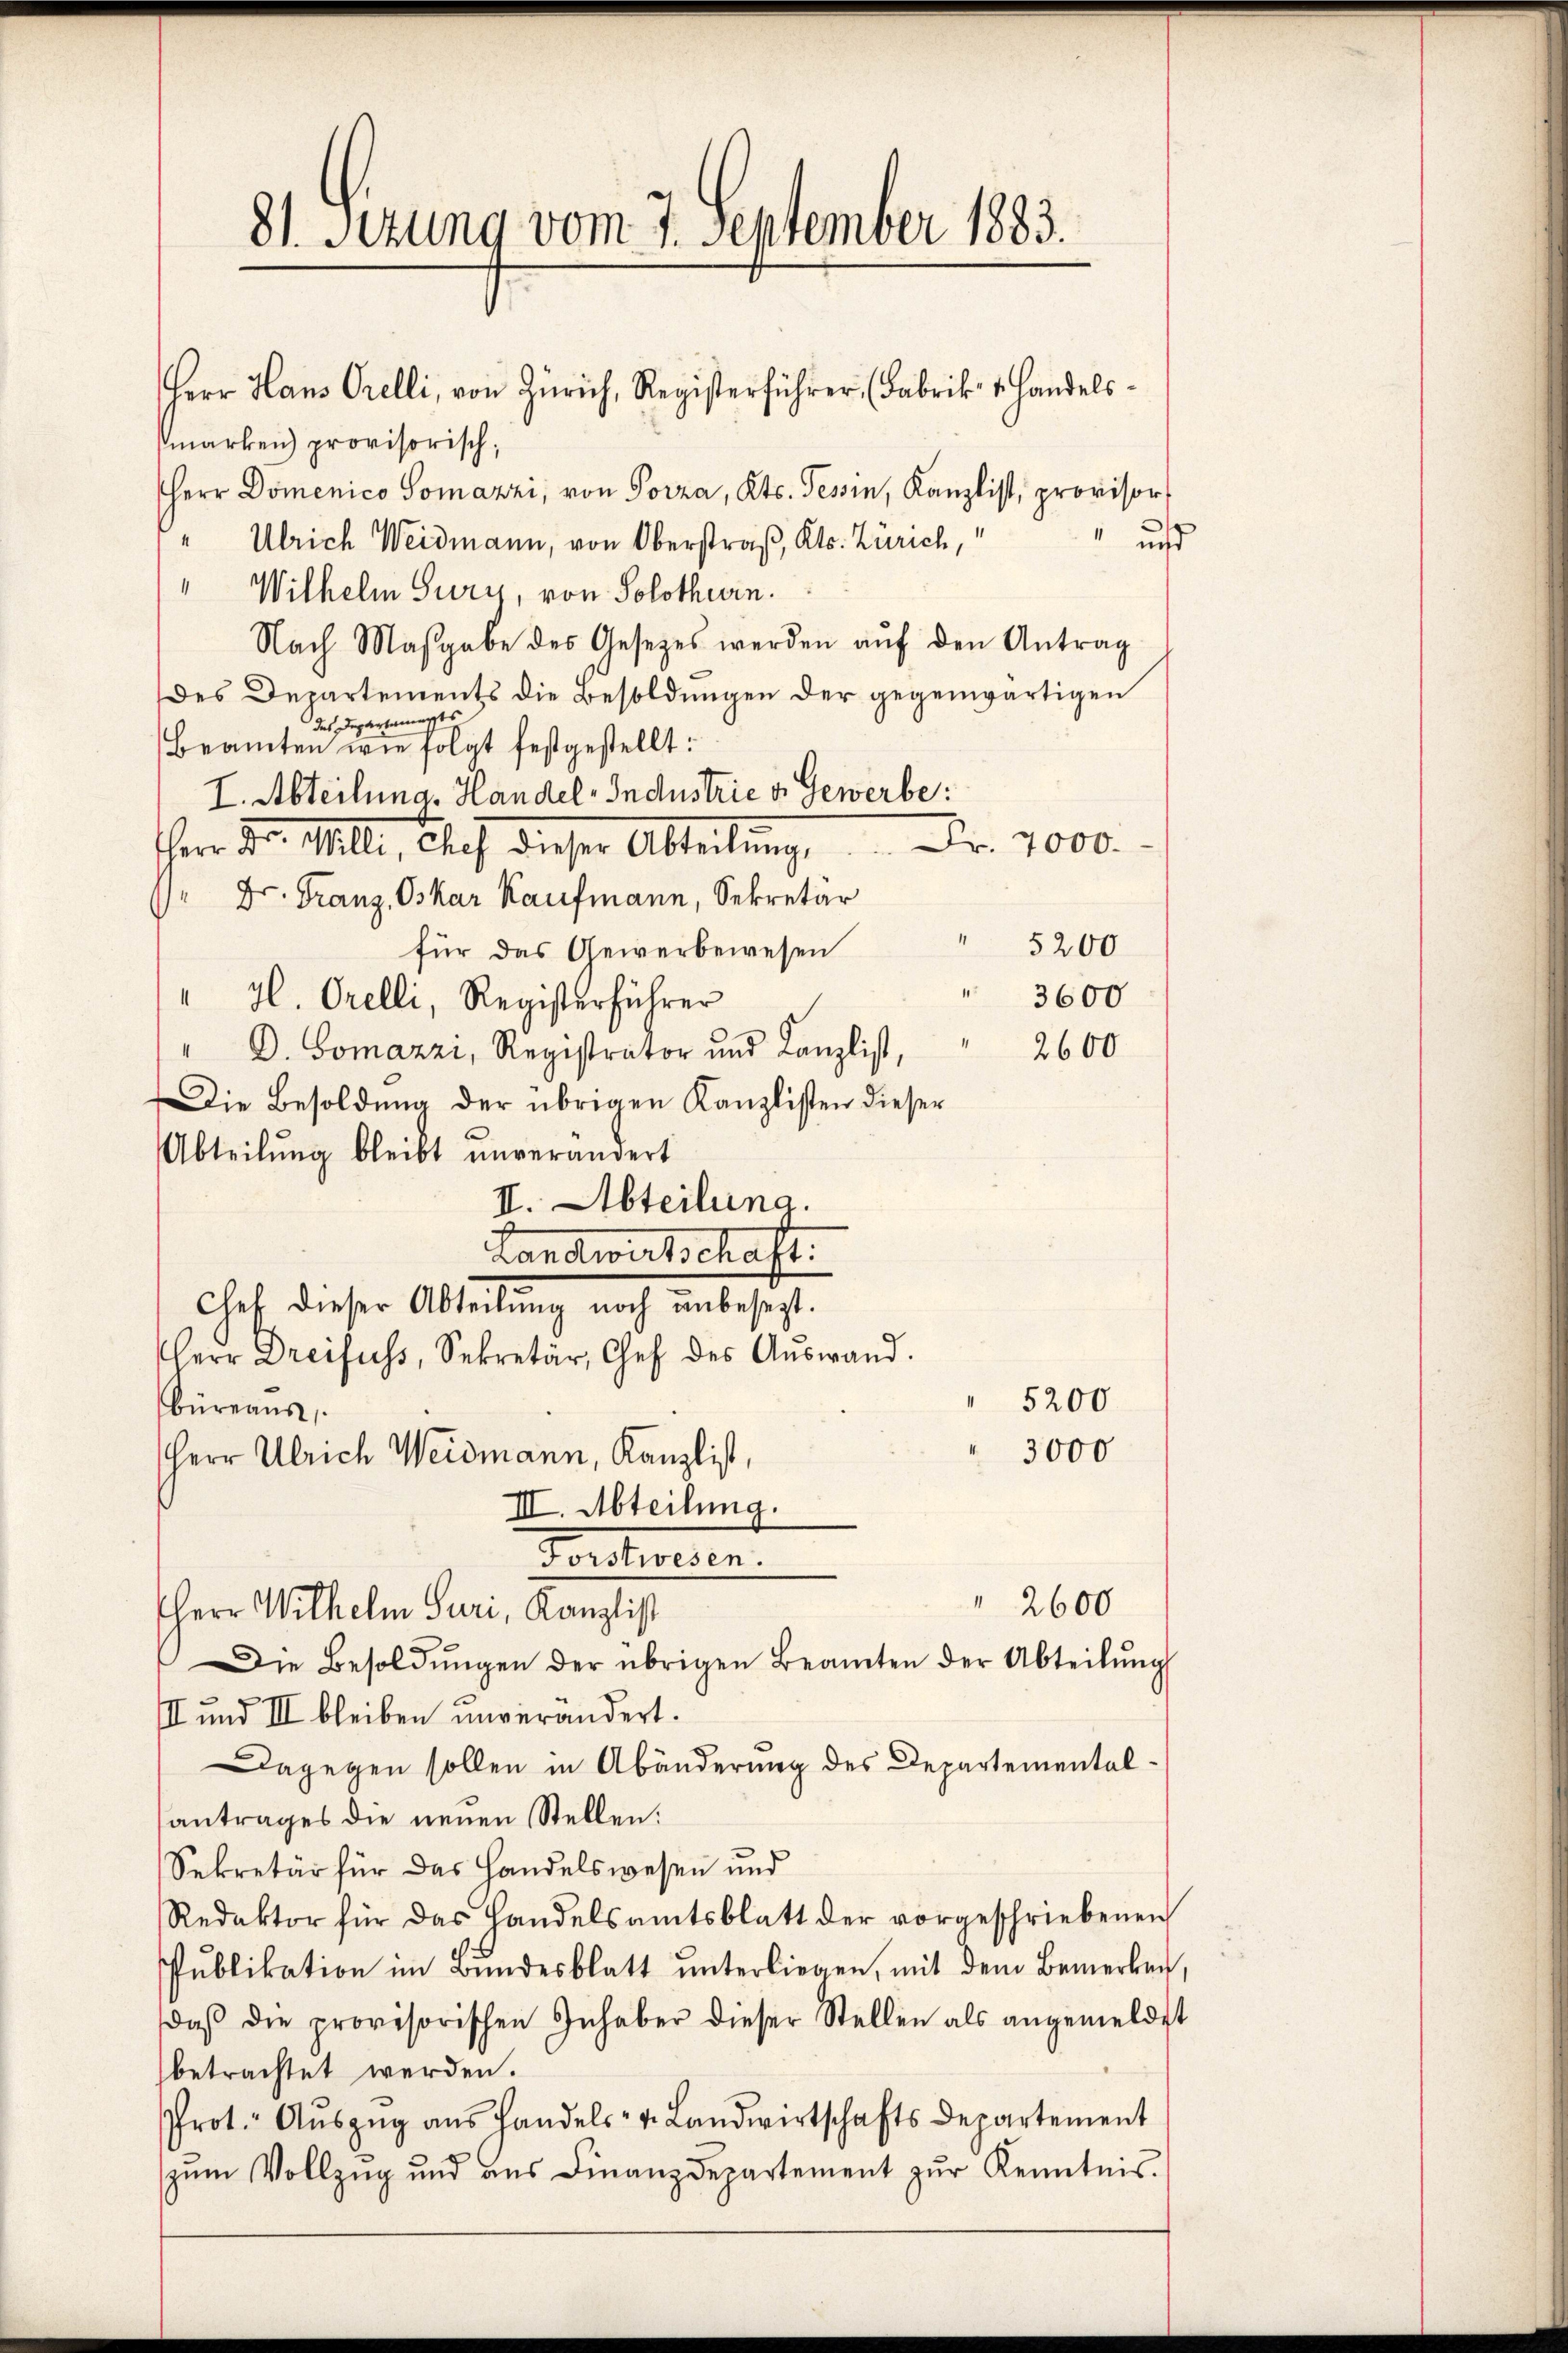
81. Setzung vom 7. September 1883.

marken) provisorisch,
Herr Domenico Somazzi, von Porza, Kts. Tessin, Kanzlist, provisor
uns
" Ulrich Weidmann, von Oberstraß, Kts. Zürich,
Wilhelm Sury, von Solothurn.
Nach Masgabe des Gesetzes werden aŭf den Antrag
des Departements die Besoldungen der gegenwärtigen
des Departements
Beamten wie folgt festgestellt:
I. Abteilung. Handel-Industrie v. Gewerbe
Fr. 7000.
HHerr Dr. Willi, Chef dieser Abteilŭng,
 Dr. Franz, Oskar Kaufmann, Sekretär
für das Gewerbewesen " 5200
3600
" Hl. Orelli, Registerführer
2600
" D. Gomazzi, Registrator und Kanzlist,
Die Besoldŭng der übrigen Kanzlisten dieser
Abteilung bleibt unverändert
II. Abteilung.
Landwirtschaft.
Chef dieser Abteilung noch unbesezt.
Herr Dreifuss, Sekretär, Chef des Aŭswand.
5200
büreaus,
3000
Herr Ulrich Weidmann, Kanzlist,
III. Abteilung.
Torshoesen.
 2600
HHerr Wilhelm Guri, Kanzlist
Die Besoldŭngen der übrigen Beamten der Abteilŭng
III und III bleiben unverändert.
Dagegen sollen in Abänderung des Departementalantrages die neuen Stellen:
Sekretär für das Handelswesen und
Redaktor für das Handelsamtsblatt der vorgeschriebenen
Pŭblikation im Bundesblatt ŭnterliegen, mit dem Bemerken
daβ die provisorischen Inhaber dieser Stellen als angemeldet
betrachtet werden.
Prot. Aŭszŭg aŭs Handels- u. Landwirtschafts Departement
zŭm Vollzug und ans Finanzdepartement zŭr Kenntnis.

Herr Hans Orelli, von Zürich, Registerführer (Fabrik 1 Handels-